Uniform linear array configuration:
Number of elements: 32
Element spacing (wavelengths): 0.5
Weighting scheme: exponential
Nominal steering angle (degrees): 45
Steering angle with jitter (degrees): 46.118
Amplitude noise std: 0.05
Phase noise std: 0.05

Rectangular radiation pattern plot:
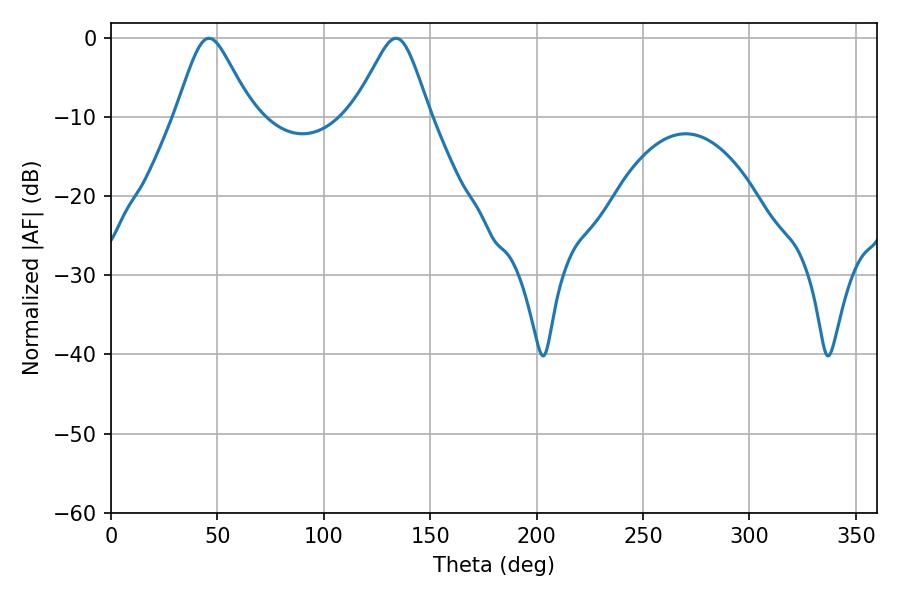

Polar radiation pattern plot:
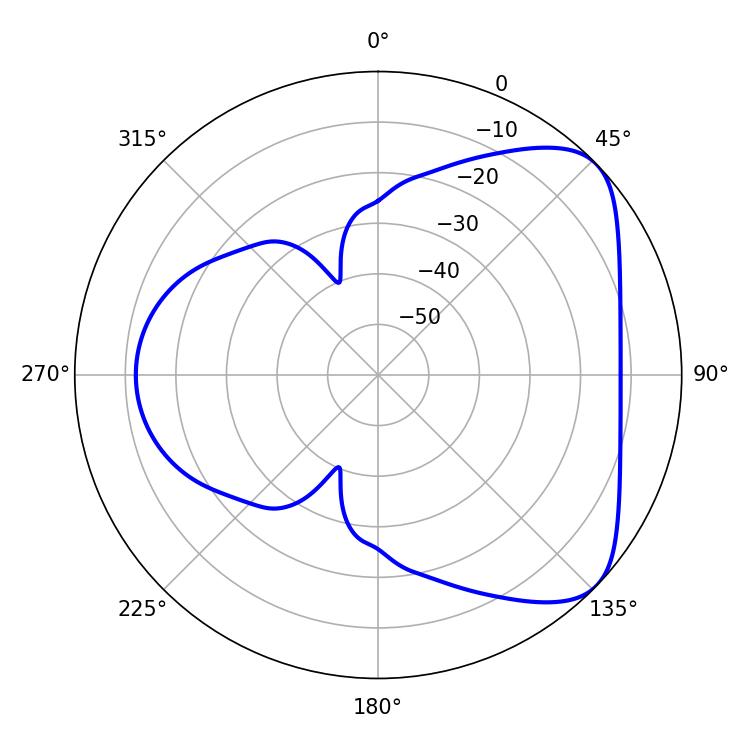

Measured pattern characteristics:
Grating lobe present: FALSE
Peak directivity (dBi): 5.801
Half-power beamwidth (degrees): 17.1
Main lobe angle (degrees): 46.08